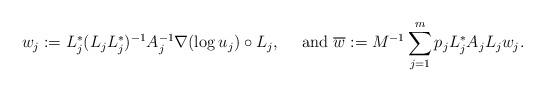
LaTeX: \begin{align*}w_j:=L_j^*(L_jL_j^*)^{-1}A_j^{-1}\nabla(\log u_j)\circ L_j,\quad\mbox{ and }\overline{w}:=M^{-1}\sum_{j=1}^mp_jL_j^*A_jL_jw_j.\end{align*}